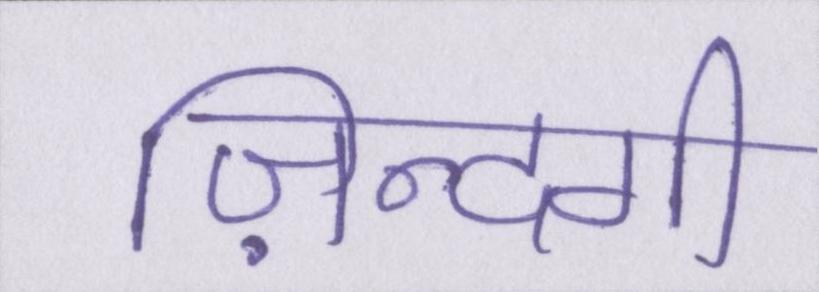
ज़िन्दगी